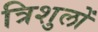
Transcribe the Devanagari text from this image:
त्रिशुलों